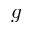
g